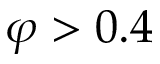
\varphi > 0 . 4